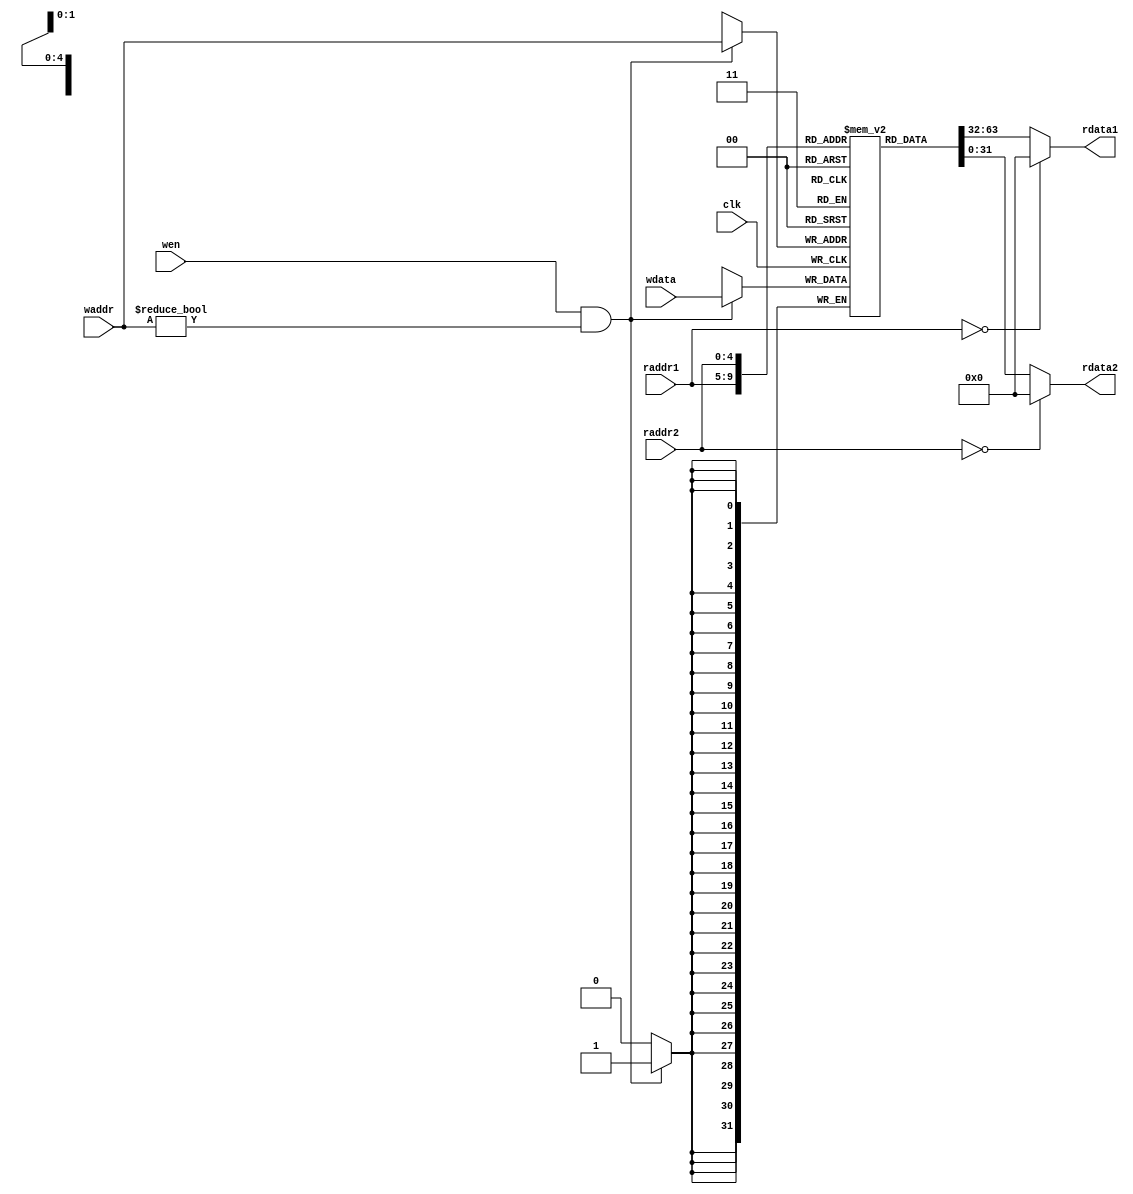
`timescale 10 ns / 1 ns

`define DATA_WIDTH 32
`define ADDR_WIDTH 5

module reg_file(
    input                       clk,
    input  [`ADDR_WIDTH - 1:0]  waddr,
    input  [`ADDR_WIDTH - 1:0]  raddr1,
    input  [`ADDR_WIDTH - 1:0]  raddr2,
    input                       wen,
    input  [`DATA_WIDTH - 1:0]  wdata,
    output [`DATA_WIDTH - 1:0]  rdata1,
    output [`DATA_WIDTH - 1:0]  rdata2
);

    // TODO: Please add your logic design here

    // register pile `mem`
    reg [`DATA_WIDTH - 1:0] mem[`DATA_WIDTH - 1:0];

    always @(posedge clk) begin
        // IMPORTANT: '$zero' register is unwritable and its value should always be 0
        if (wen == 1'b1 && waddr != 5'b0) begin
            mem[waddr] <= wdata;
        end
    end

    assign rdata1 = (raddr1 == 5'b0) ? 5'b0 : mem[raddr1];
    assign rdata2 = (raddr2 == 5'b0) ? 5'b0 : mem[raddr2];
endmodule